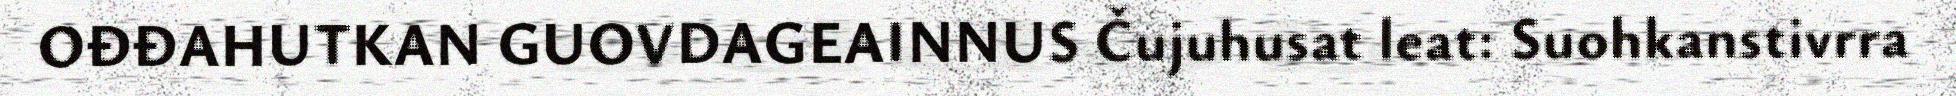
OĐĐAHUTKAN GUOVDAGEAINNUS Čujuhusat leat: Suohkanstivrra